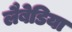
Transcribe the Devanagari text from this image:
लैबेडिया